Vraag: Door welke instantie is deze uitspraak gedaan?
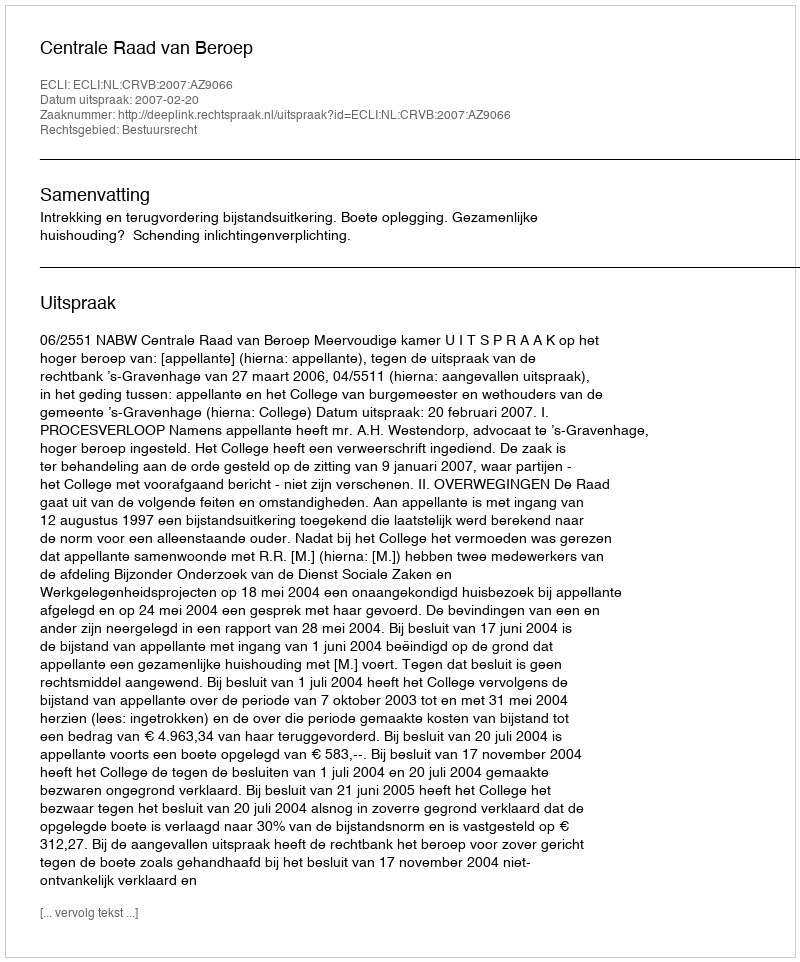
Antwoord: Centrale Raad van Beroep